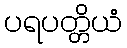
ပရပတ္တိယံ